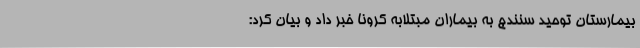
بیمارستان توحید سنندج به بیماران مبتلابه کرونا خبر داد و بیان کرد: